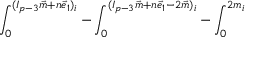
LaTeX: { \int _ { 0 } ^ { ( I _ { p - 3 } \vec { m } + n \vec { e } _ { 1 } ) _ { i } } - \int _ { 0 } ^ { ( I _ { p - 3 } \vec { m } + n \vec { e } _ { 1 } - 2 \vec { m } ) _ { i } } - \int _ { 0 } ^ { 2 m _ { i } } }